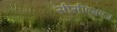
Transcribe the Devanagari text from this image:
सीसीएमएज